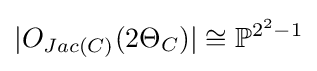
|O_{Jac(C)}(2\Theta _{C})|\cong \mathbb {P} ^{2^{2}-1}